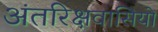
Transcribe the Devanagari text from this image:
अंतरिक्षवासियों